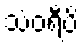
သံဝရီပိ